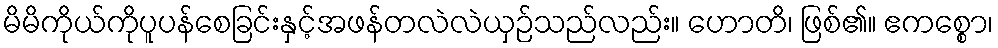
မိမိကိုယ်ကိုပူပန်စေခြင်းနှင့်အဖန်တလဲလဲယှဉ်သည်လည်း။ ဟောတိ၊ ဖြစ်၏။ ဧကစ္စော၊